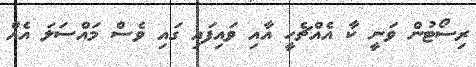
ރިސޯޓުން ވަނީ ކާ އެއްޗެހީ އާއި ވައިފައި ގައި ވެސް މައްސަލަ އެއް